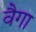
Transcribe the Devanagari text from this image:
वैगा